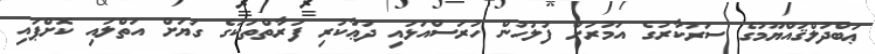
ޢަބްދުލްޤައްޔޫމުގެ ސަރުކާރުގެ އަމުރަށް ފުލުހުން ހުރަސްއަޅައި ދުޢާކުރި ފަރާތްތަކުގެ ގަޔަށް އަތްލައި ކޮށްޕައި